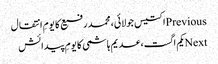
Previousاکتیس جولائی، محمد رفیع کا یومِ انتقال
Nextیکم اگست، عدیم ہاشمی کا یومِ پیدائش